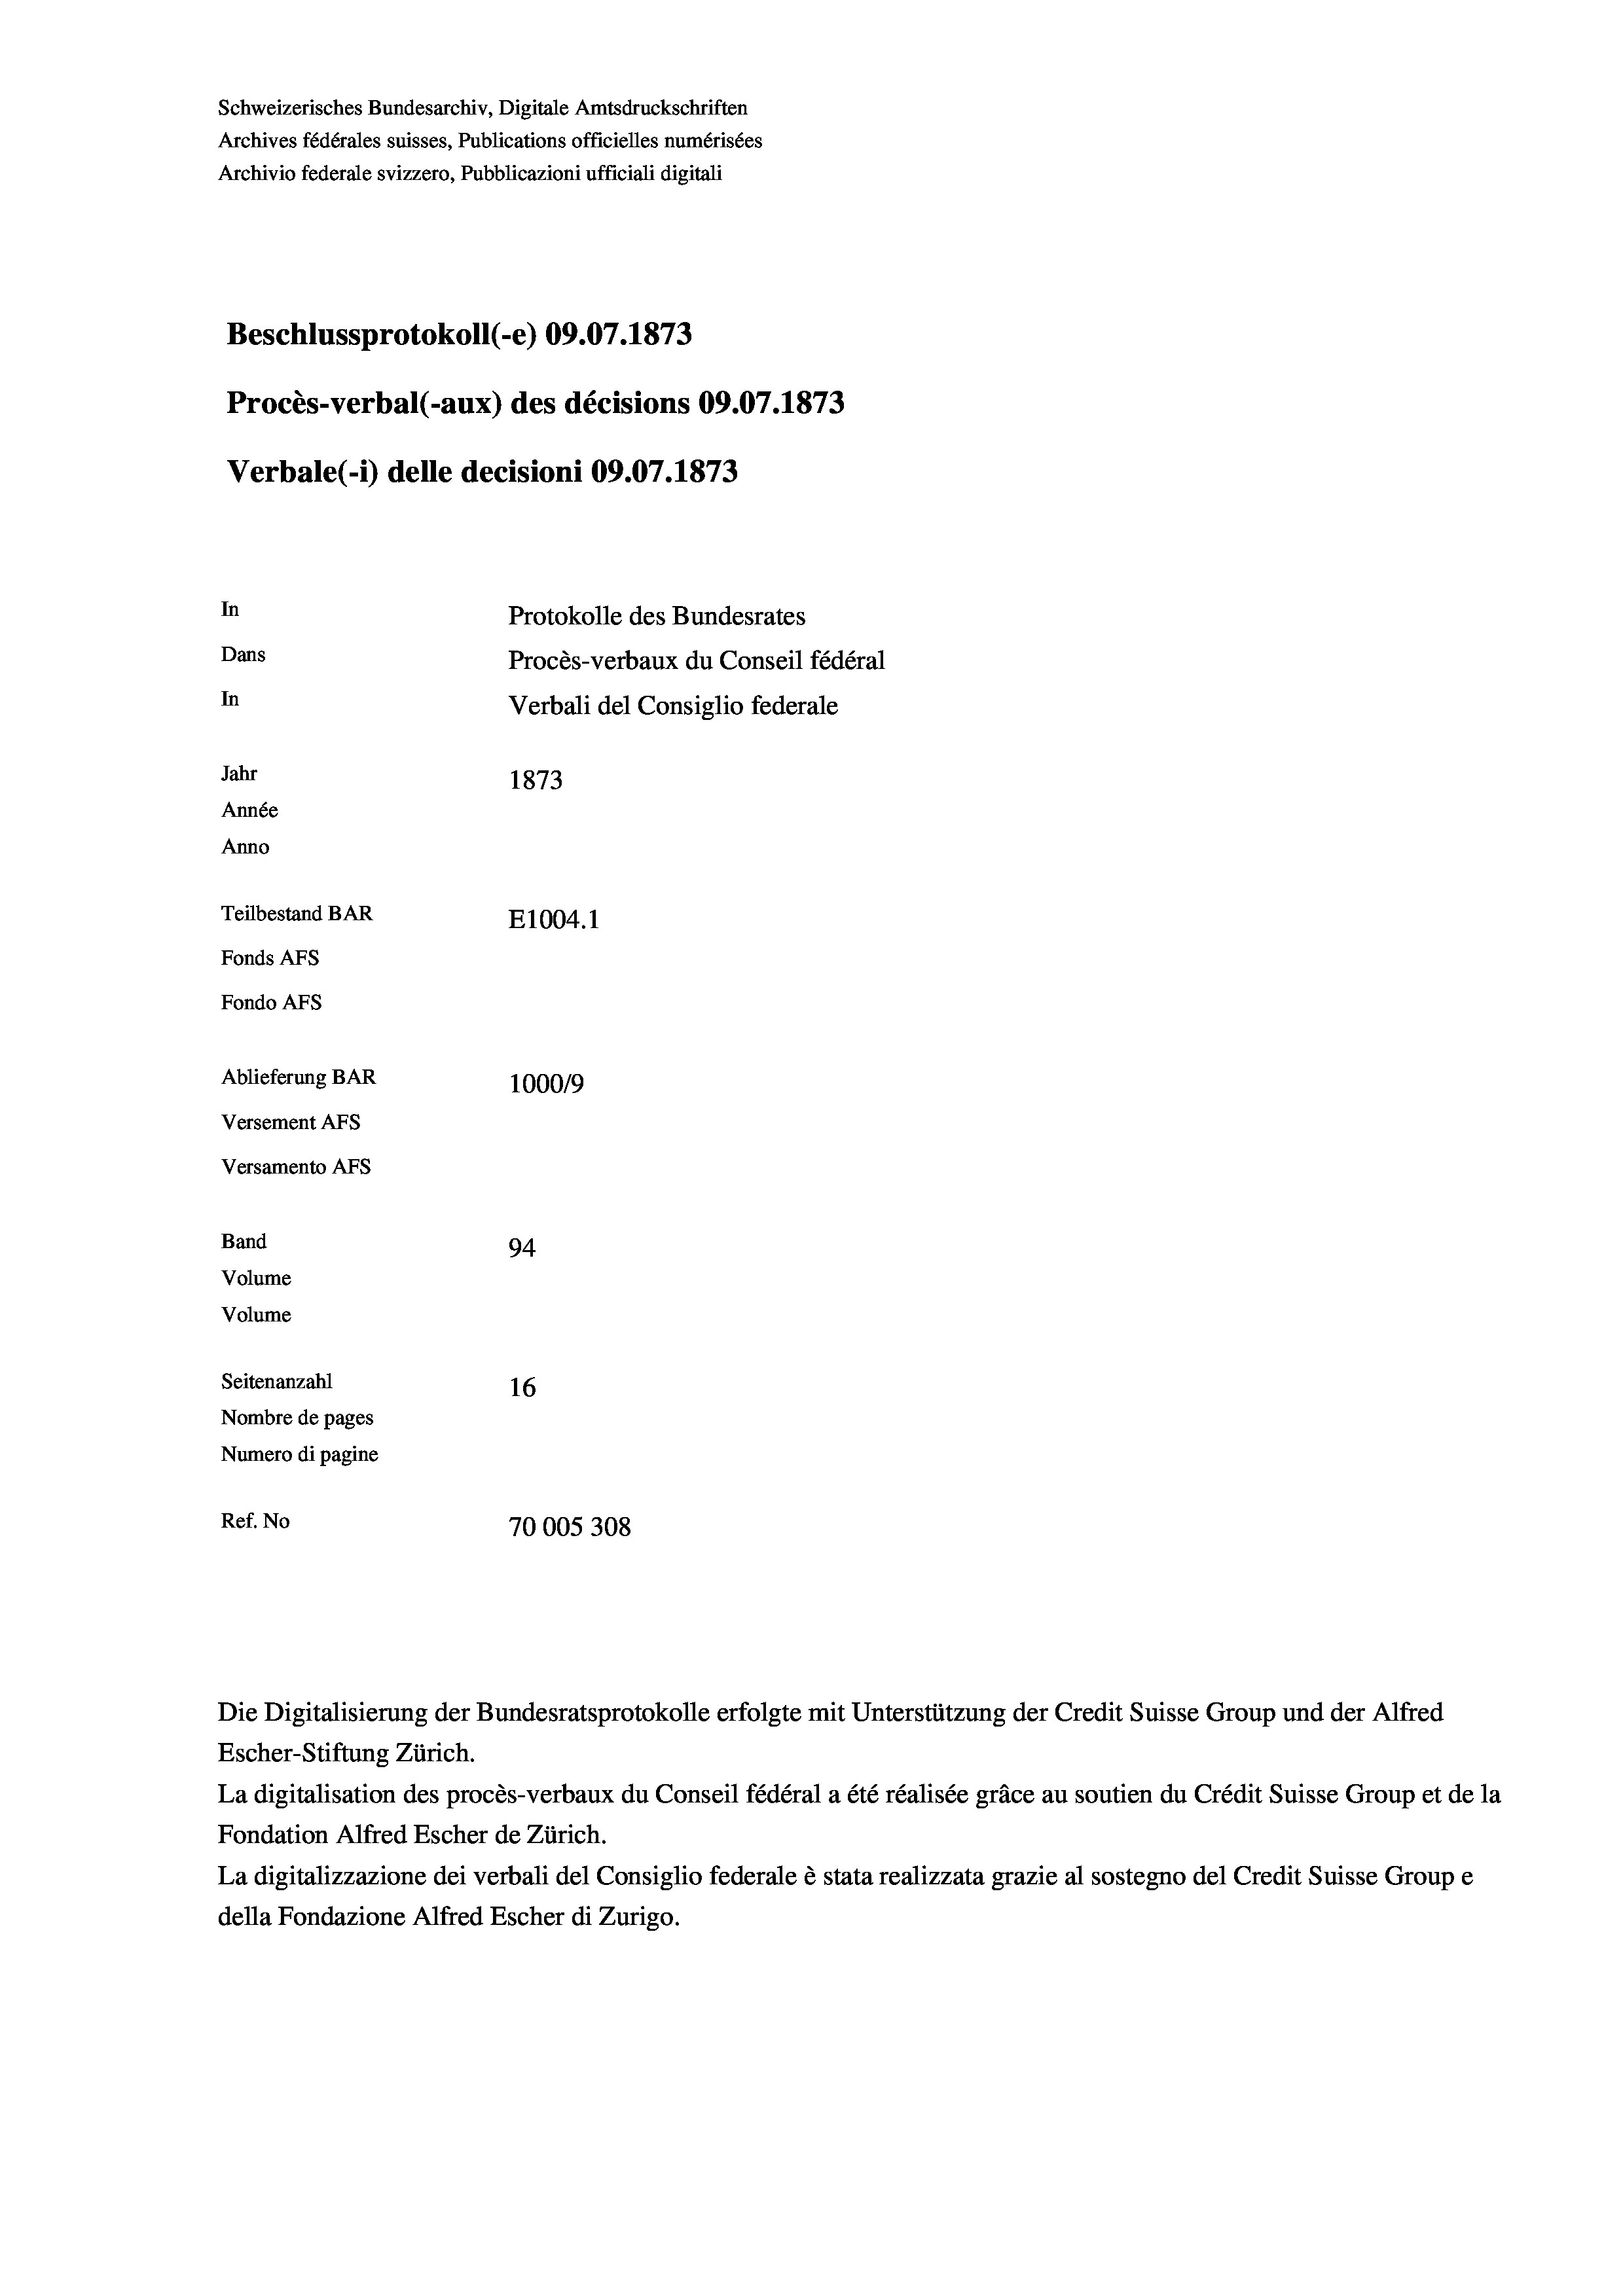
Schweizerisches Bundesarchiv, Digitale Amtsdruckschriften
Archives fédérales suisses, Publications officielles numérisées
Archivio federale svizzero, Pubblicazioni ufficiali digitali
Beschlussprotokoll (-e) 09.07. 1873
Procès-verbal (-aux) des décisions 09.07.1873
Verbale(-*) delle decisioni 09.07. 1873
In
Protokolle des Bundesrates
Dans
Procès-verbaux du Conseil fédéral
In
Verbali del Consiglio federale
Jahr
1873
Année
Anno
Teilbestand BAR
E1004.1
Fonds AFs
Fondo AFs
Ablieferung BAR
100019
Versement Abs
Versamento AFs
Band
94
Volume
Volume
Seitenanzahl
16

Nombre de pages
Numero di pagine
Ref. No
70005308

Escher-Stiftung Zürich.
La digitalisation des procès-verbaux du Conseil fédéral a été réalisée gräce au soutien du Crédit Suisse Group et de la
Fondation Alfred Escher de Zürich.
La digitalizzazione dei verbali del Consiglio federale è stata realizzata grazie al sostegno del Credit Suisse Groupe
della Fondazione Alfred Escher di Zurigo.

Die Digitalisierung der Bundesratsprotokolle erfolgte mit Unterstützung der Credit Suisse Group und der Alfred